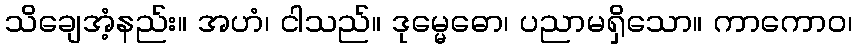
သိချေအံ့နည်း။ အဟံ၊ ငါသည်။ ဒုမ္မေဓော၊ ပညာမရှိသော။ ကာကောဝ၊